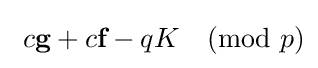
\ c{\textbf {g}}+c{\textbf {f}}-qK{\pmod {p}}